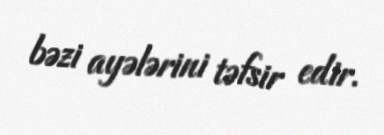
bəzi ayələrini təfsir edir.